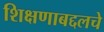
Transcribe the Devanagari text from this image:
शिक्षणाबद्दलचे